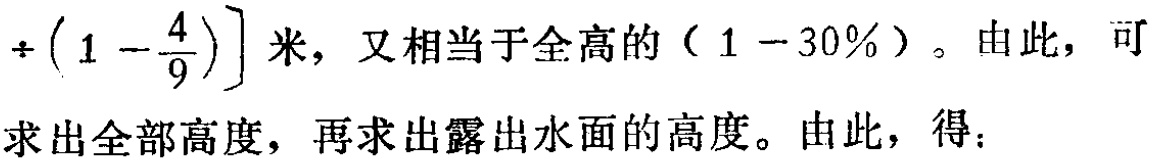
$\div \left(1 - \dfrac{4}{9}\right)\right]$米，又相当于全高的（$1 - 30\%$）。由此，可

求出全部高度，再求出露出水面的高度。由此，得：